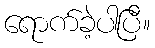
ရောက်ခဲ့ပါပြီ။